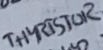
Text: THYRISTOR